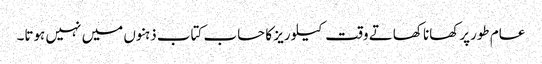
عام طورپرکھانا کھاتے وقت کیلوریز کا حساب کتاب ذہنوں میں نہیں ہوتا۔